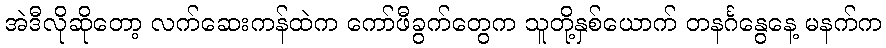
အဲဒီလိုဆိုတော့ လက်ဆေးကန်ထဲက ကော်ဖီခွက်တွေက သူတို့နှစ်ယောက် တနင်္ဂနွေနေ့ မနက်က